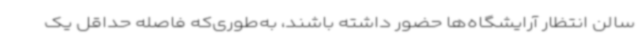
سالن انتظار آرایشگاه‌ها حضور داشته باشند، به‌طوری‌که فاصله حداقل یک